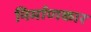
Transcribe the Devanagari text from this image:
निर्माणकार